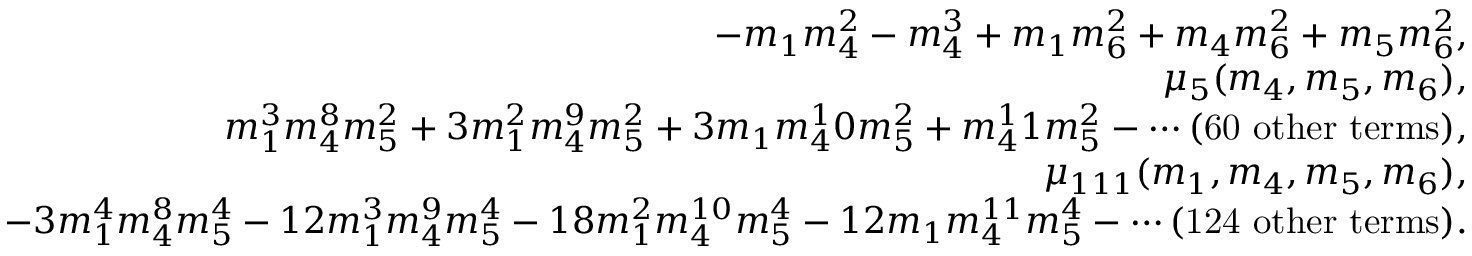
\begin{array} { r l r } & { } & { - m _ { 1 } m _ { 4 } ^ { 2 } - m _ { 4 } ^ { 3 } + m _ { 1 } m _ { 6 } ^ { 2 } + m _ { 4 } m _ { 6 } ^ { 2 } + m _ { 5 } m _ { 6 } ^ { 2 } , } \\ & { } & { \mu _ { 5 } ( m _ { 4 } , m _ { 5 } , m _ { 6 } ) , } \\ & { } & { m _ { 1 } ^ { 3 } m _ { 4 } ^ { 8 } m _ { 5 } ^ { 2 } + 3 m _ { 1 } ^ { 2 } m _ { 4 } ^ { 9 } m _ { 5 } ^ { 2 } + 3 m _ { 1 } m _ { 4 } ^ { 1 } 0 m _ { 5 } ^ { 2 } + m _ { 4 } ^ { 1 } 1 m _ { 5 } ^ { 2 } - \cdots \mathrm { ( 6 0 ~ o t h e r ~ t e r m s ) } , } \\ & { } & { \mu _ { 1 1 1 } ( m _ { 1 } , m _ { 4 } , m _ { 5 } , m _ { 6 } ) , } \\ & { } & { - 3 m _ { 1 } ^ { 4 } m _ { 4 } ^ { 8 } m _ { 5 } ^ { 4 } - 1 2 m _ { 1 } ^ { 3 } m _ { 4 } ^ { 9 } m _ { 5 } ^ { 4 } - 1 8 m _ { 1 } ^ { 2 } m _ { 4 } ^ { 1 0 } m _ { 5 } ^ { 4 } - 1 2 m _ { 1 } m _ { 4 } ^ { 1 1 } m _ { 5 } ^ { 4 } - \cdots \mathrm { ( 1 2 4 ~ o t h e r ~ t e r m s ) } . } \end{array}